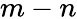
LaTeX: m-n